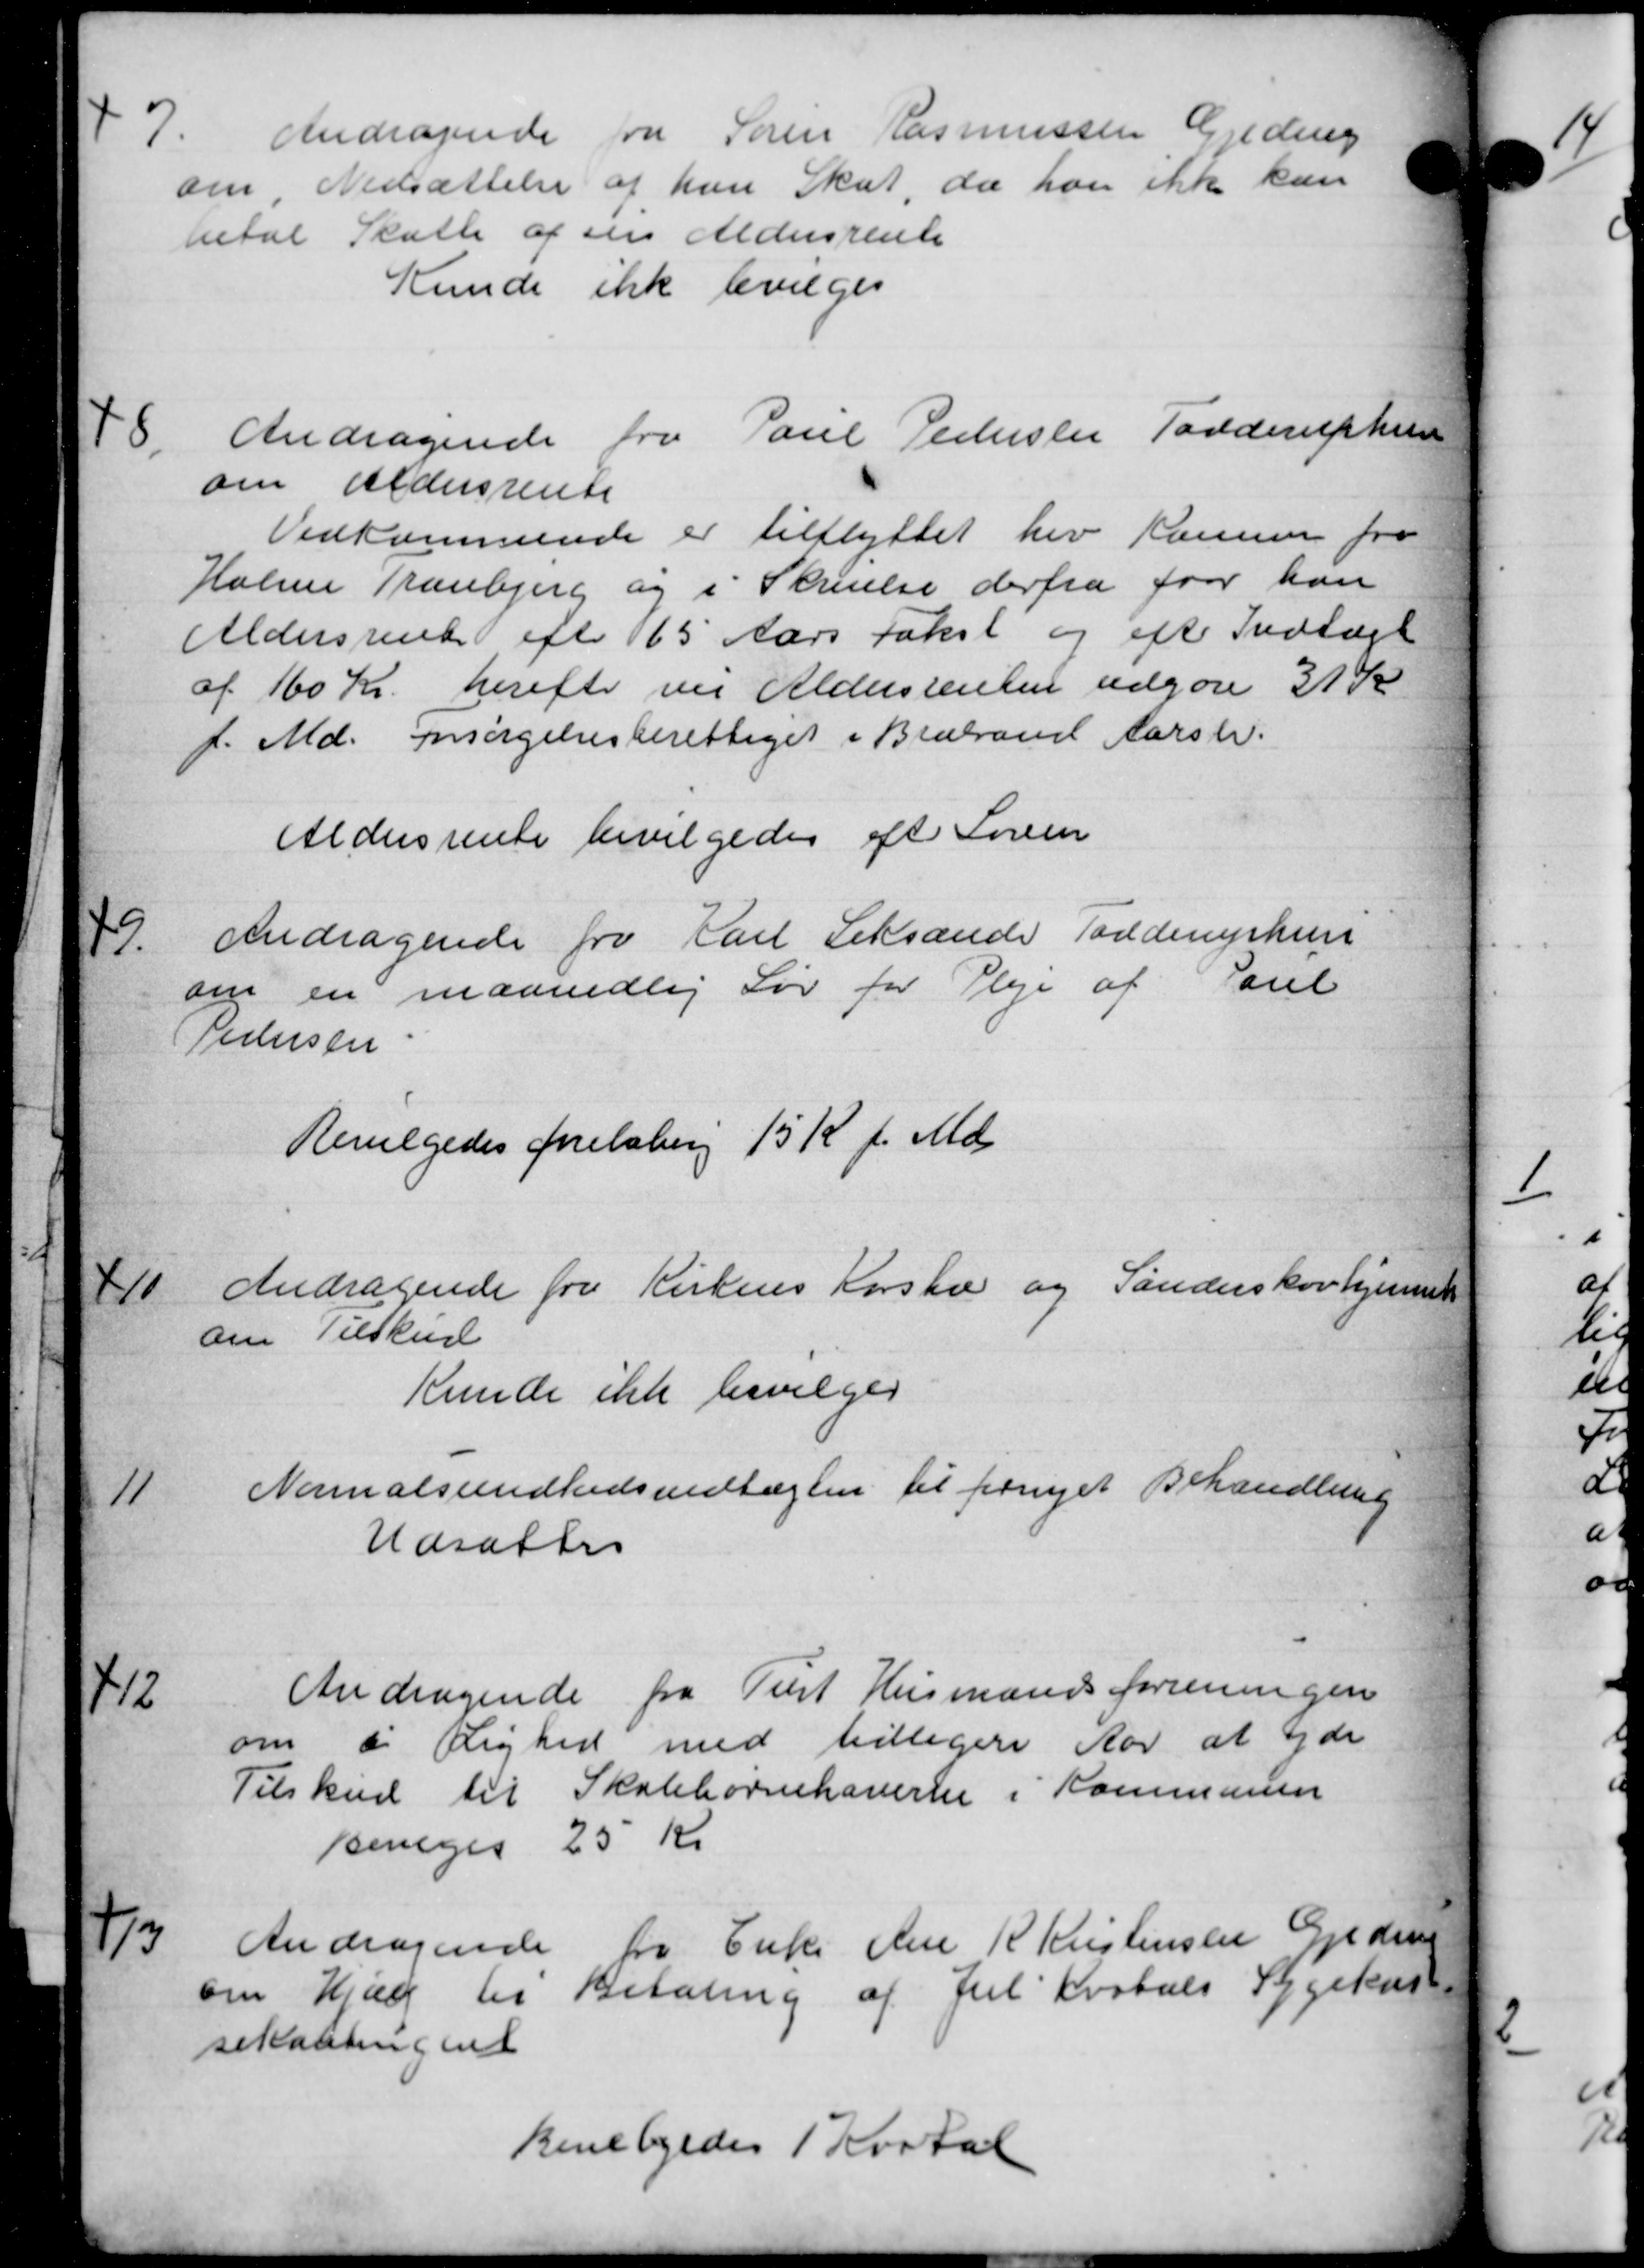
Transskription:
7
Andragende fra Søren Rasmussen Greding
om Nedsættelse af han Skat, da han ikke kun
betal Skatte af sin Aldersrente
Kunde ikke bevilges
8
Andragende fra Paul Pederslen Torderuphun
om Aldersrente
Vedkommende er tilflyttet her Kommune fra
Holme Tranbjerg og i Skrivelse derfra for han
Aldersrente efter 65 Aars takst og efte Indtægt
af 160 Kr. herefter en Aldersrenten udgøre 31 Kr
f. Md. forsørgelsesberettiget i Brabrand Aarsl.
Aldersrente bevilgedes eft Loven
9.
Andragende fra Karl Seksande Torderuphun
om en maanedlig Løn for Pleje af Pouel
Pedersen.
Bevilgedes foreløbing 15 Kr. f. Md.
11
Andragende fra Kirkens Korshæ og Sønderskovhjemme
om Tilskud
Kunde ikke bevilges
11
Nomalsundhedsvedtægten til fornyet Behandling
Udsættes
712
Andragende fra Tust Husmandsforreningen
om i Lighed med tidligere Aar at yde
Tilskud til Skolebørnehaverne i Kommunen
Bevilges 25 Kr.
1/3
Andragende fra Enke Ane K Kristensen Gjeden
om Hjælp til Betaling af Juli Kvartals Sygehus
sekantingent
Bevilgedes 1 Kvatal